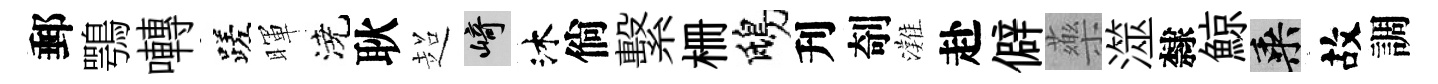
郵鶚囀蹉暉澆耿超崎沐倘繫栅鴟刋剞灘赴僻藥澨隸鯨乘故調